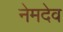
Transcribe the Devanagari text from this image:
नेमदेव